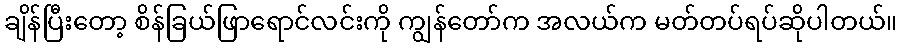
ချိန်ပြီးတော့ စိန်ခြယ်ဖြာရောင်လင်းကို ကျွန်တော်က အလယ်က မတ်တပ်ရပ်ဆိုပါတယ်။